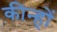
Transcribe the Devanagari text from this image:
कीन्हों